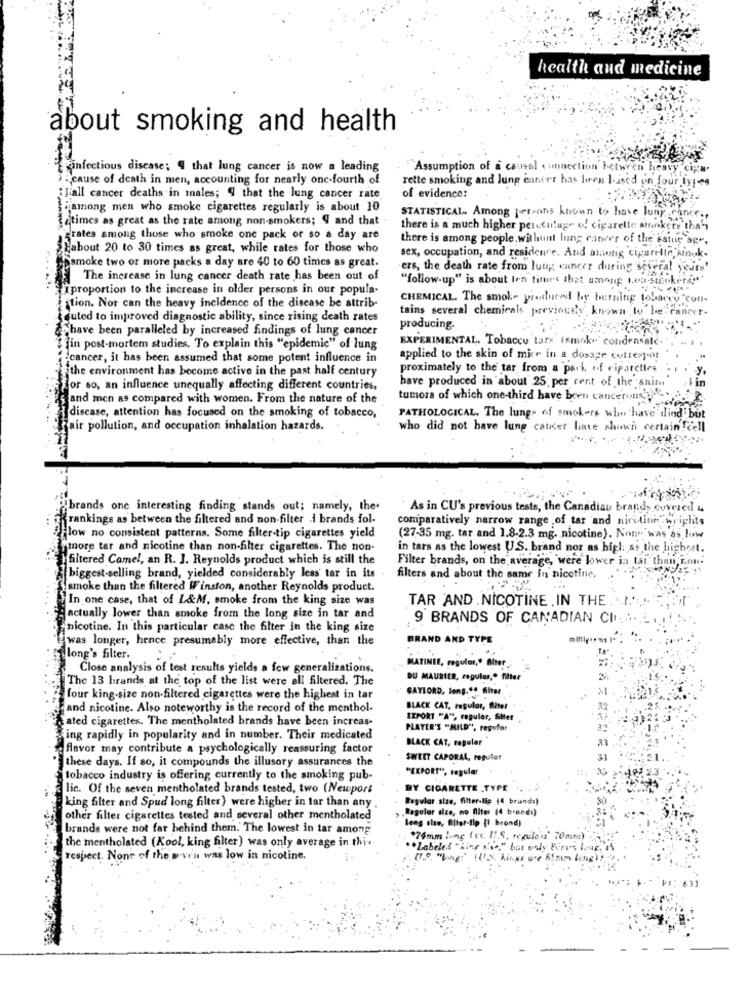
health and medicine
about smoking and health
infectious disease; " that lung cancer is now a leading
"Assumption of a causal connection between heavy, cipa-
acause of death in men, accounting for nearly onc-fourth of
rette smoking and lung cancer has been I-ised un four types
iliall cancer deaths in inales; " that the lung cancer rate
of evidence:
among men who smoke cigarettes regularly is about 10
Latimes as great as the rate among non-smokers; 9 and that
STATISTICAL. Among persons known to have lung cance .,
there is a much higher percentage of cigarette stickers than
rates among those who smoke one pack or so a day are
there is among people.without lung catwer of the estue ag",
Babout 20 to 30 times as great, while rates for those who
Dsmoke two or more packs a day are 40 to 60 times as great.
sex, occupation, and residence. And among cigarette, sinck-
ers, the death rate from luug; cancer during several years'
The increase in lung cancer death rate has been out of
"follow-up" is about Ion times that among uva-stecker
Iproportion to the increase in older persons in our popula-
CHEMICAL. The smok- produced by burning tobacco "coll-
ation. Nor can the heavy incidence of the disease be attrib-
tains several chemicals previously known to be Fanert-
touted to improved diagnostic ability, since rising death rates
have been paralleled by increased findings of lung cancer
producing.
EXPERIMENTAL, Tobacco tars ismink- condensate."
fin post-mortem studies, To explain this "epidemic" of lung
cancer, it has been assumed that some potent influence in
applied to the skin of mire in a dosage collespor
the environment has become active in the past half century
proximately to the tar from a pack of riparetles
, in
for so, an influence unequally affecting different countries,
have produced in about 25 per cent of the snit
sand men as compared with women. From the nature of the
tumora of which one-third have been cancerous
discase, attention has focused on the smoking of tobacco,
PATHOLOGICAL. The lungs of smokere who have died but
Fair pollution, and occupation inhalation hazards.
who did not have lung cancer have shown certain !cell
"brands one interesting finding stands out; namely, the.
As in CU's previous tests, the Canadian brand, covered &
Rrankings as between the filtered and non-filter i brands fol-
comparatively narrow range of tar and niretini weights
Flow no consistent patterns. Some filter-tip cigarettes yield
(27-35 mg. tar and 1.8.2.3 mg. nicotine). Non was as low
"more tar and nicotine than non-filter cigarettes. The non-
in tars as the lowest US. brand nor as high: ss the highest.
filtered Camel, an R. J. Reynolds product which is still the
Filter brands, on the average, were lower ja tat than, ron.
biggest-selling brand, yielded considerably less' tar in its
filters and about the same in nicotine.
smoke than the filtered Winston, another Reynolds product.
In one case, that of L&M, smoke from the king size was
TAR AND .NICOTINE . IN THE. .. I.'
actually lower than smoke from the long size in tar and
9 BRANDS OF CANADIAN CINA.
nicotine. In this particular case the filter in the king size
fiwas longer, hence presumably more effective, than the
BRAND AND TYPE
long's filter.
Close analysis of test results yields a few generalizations.
MATINEE, regular ,. Blter ..
The 13 brands at the top of the list were all filtered. The
DU MAURIER, regular," filter
GAYLORD, long."" filter
four king-size non-filtered cigarettes were the highest in tar
Fand nicotine. Also noteworthy is the record of the menthol-
BLACK CAT, regular, Blitet
Rated cigarettes. The mentholated brands have been increas-
EXPORT "A", regular, filter
PLAYER'S "MILD", resvler
Sing rapidly in popularity and in number. Their medicated
BLACK CAT, regular
flavor may contribute a psychologically reassuring factor
these days. If so, it compounds the illusory assurances the
SWEET CAPORAL, regulet
31
"EKPORT", regular
tobacco industry is offering currently to the smoking pub.
lic. Of the seven mentholated brands tested, two (Newport
BY CIGARETTE TYPE
Regular size, filter-lip (4 brands)
king filter and Spud long filter) were higher in tar than any
Regular alto, no filter (4 brondi)
other filter cigarettes tested and several other mentholated
Beng siae, Alter-tip {1 brond)
brands were not far behind them. The lowest in tar among
74mm long (rc. I.S. repile's' 70mm)
the mentholated (Kool, king filter) was only average in thi-
.. Labeled "Line sie." but only Finns Log, 15
respect. None of the seven was low in nicotine.
S. Aim